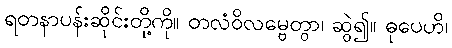
ရတနာပန်းဆိုင်းတို့ကို။ တလံဝိလမ္ဗေတွာ၊ ဆွဲ၍။ ဓုပေဟိ၊